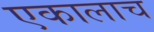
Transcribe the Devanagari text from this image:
एकालाच